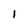
Character: I